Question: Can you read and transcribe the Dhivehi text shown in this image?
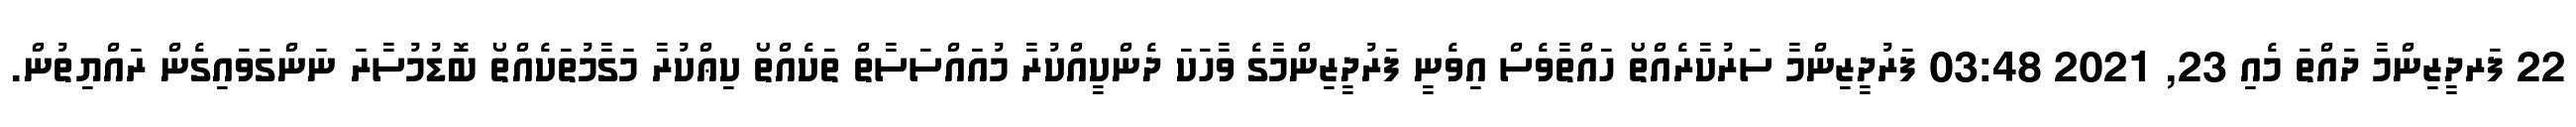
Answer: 22 ފަރދީޒިންމާ ދައްތަ މެއި 23, 2021 03:48 ފަރުދީޒިންމާ ސަރުކާރެއްތޯ ހައްތާވެސް އިވެނީ ފަރުދީޒިންމާގެ ވާހަކަ ދެންކީއްކުރާ މުއައްސަސާތް ތަކެއްތޯ ކިޢްކުރާ މަގާމުތަކެއްތޯ ބޮޑުމުސާރަ ނަންގަވައިގެން ރައްޔިތުން.